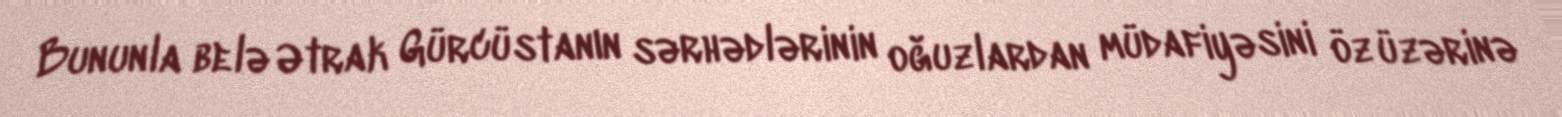
Bununla belə Ətrak Gürcüstanın sərhədlərinin oğuzlardan müdafiyəsini öz üzərinə